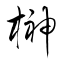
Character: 榊